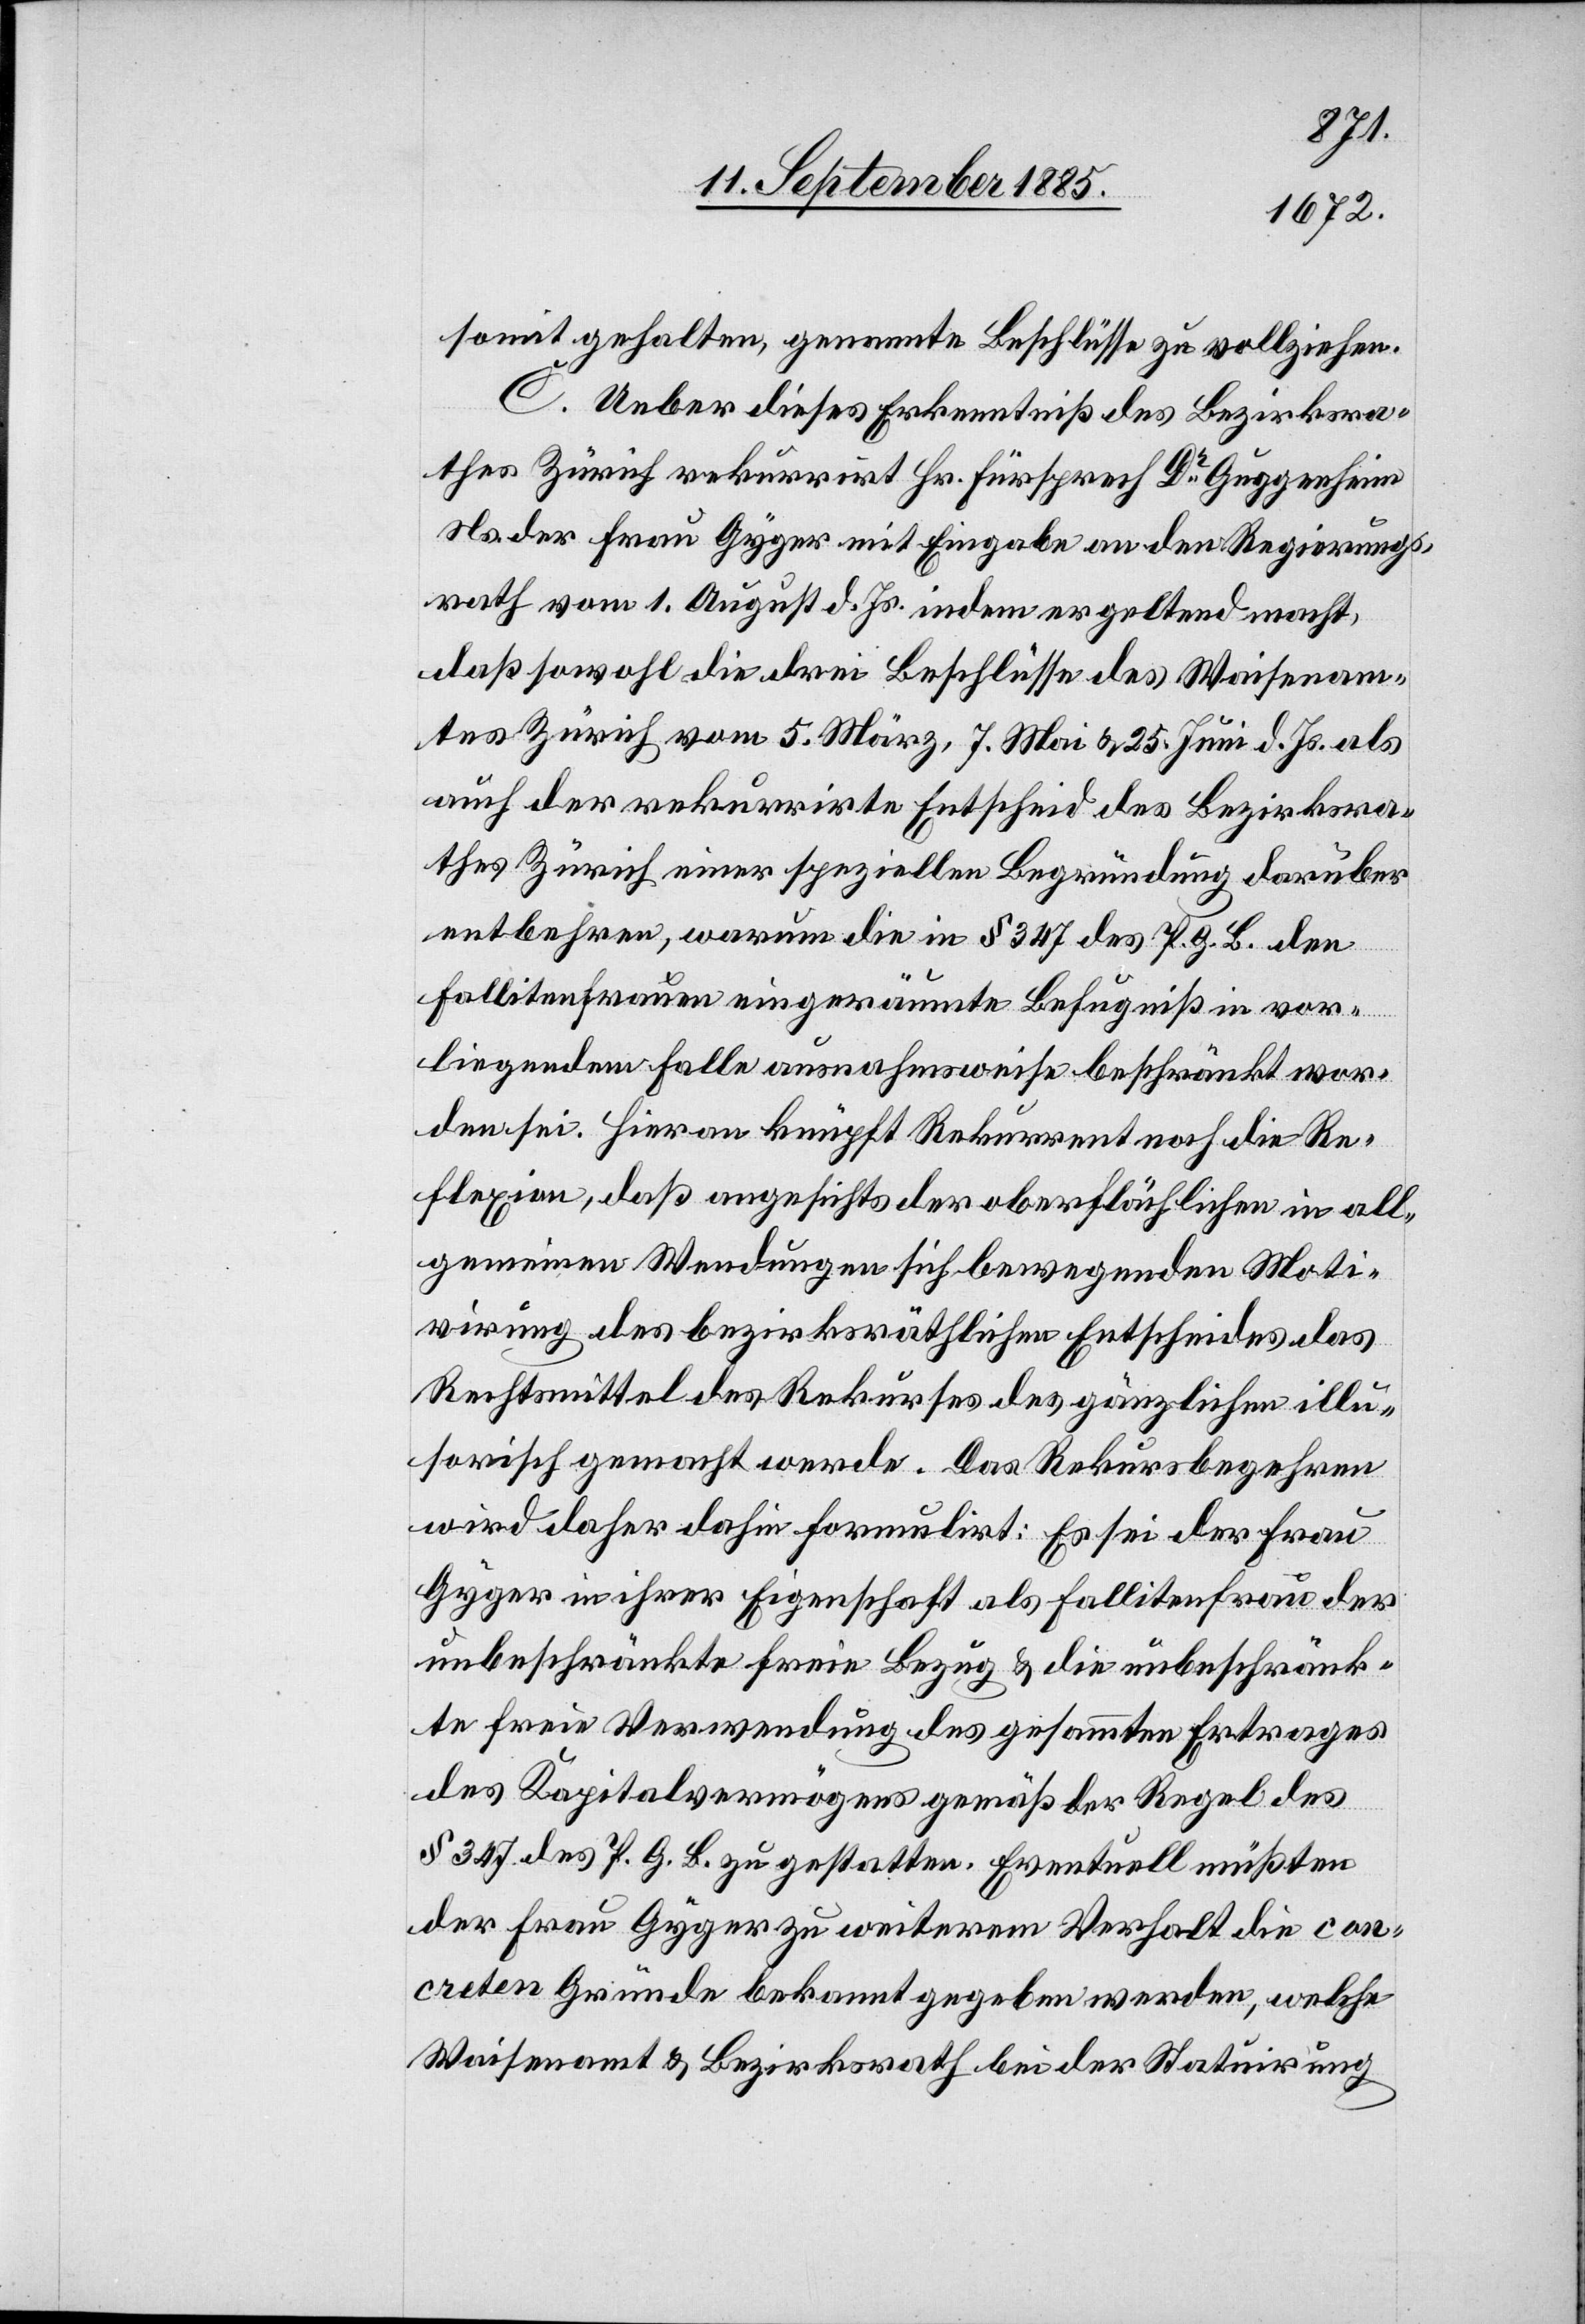
somit gehalten, genannte Beschlüsse zu vollziehen.
C. Ueber diese Erkenntniß des Bezirkra¬
thes Zürich rekurrirt Hr. Fürsprech Dr Guggenheim
Ns. der Frau Gyger mit Eingabe an den Regierungs¬
rath vom 1. August d. Js. indem er geltend macht,
daß sowohl die drei Beschlüsse des Waisenam¬
tes Zürich vom 5. März, 7. Mai & 25. Juni d. Js. als
auch der rekurrirte Entscheid des Bezirksra¬
thes Zürich einer speziellen Begründung darüber
entbehren, warum die in § 347 des P. G. B. den
Fallitenfrauen eingeräumte Befugniß in vor¬
liegendem Falle ausnahmsweise beschränkt wor¬
den sei. Hieran knüpft Rekurrent noch die Re¬
flexion, daß angesichts der oberflächlichen in all¬
gemeinen Wendungen sich bewegenden Moti¬
virung des bezirksräthlichen Entscheides das
Rechtsmittel des Rekurses des gänzlichen illu¬
sorisch gemacht werde. Das Rekursbegehren
wird daher dahin formulirt: Es sei der Frau
Gyger in ihrer Eigenschaft als Fallitenfrau der
unbeschränkte freie Bezug & die unbeschränk¬
te freie Verwendung des geammten Ertrages
des Kapitalvermögens gemäß der Regel des
§ 347 des P. G. B. zu gestatten. Eventuell müßten
der Frau Gyger zu weiterem Verhalt die con¬
creten Gründe bekannt gegeben werden, welche
Waisenamt & Bezirksrath bei der Statuirung